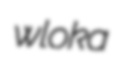
wloka